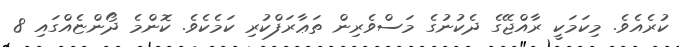
ކުރެއެވެ. މިކަމަކީ ރާއްޖޭގެ ދެކުނުގެ މަސްވެރިން ތަޢާރަފްކުރި ކަމެކެވެ. ކޮންމެ ދޯންޏެއްގައި 8